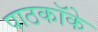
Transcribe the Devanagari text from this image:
पाठकॉके